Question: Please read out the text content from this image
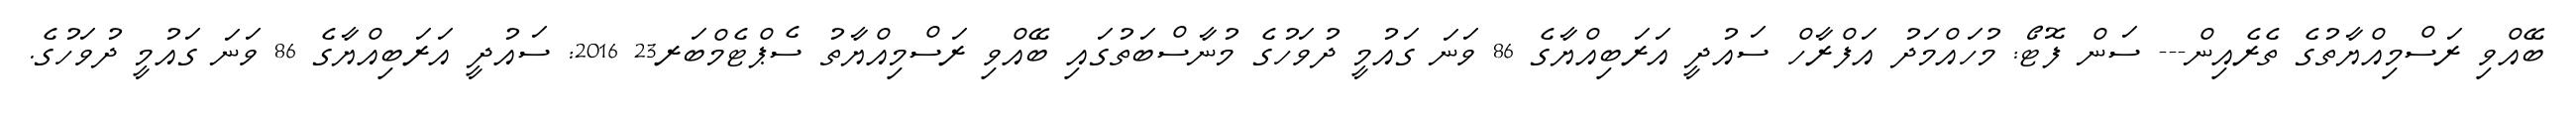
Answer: ބޭއްވި ރަސްމިއްޔާތުގެ ތެރެއިން--- ސަން ފޮޓޯ: މުހައްމަދު އަފްރާހް ސައުދީ އަރަބިއްޔާގެ 86 ވަނަ ގައުމީ ދުވަހުގެ މުނާސްބަތުގައި ބޭއްވި ރަސްމިއްޔާތު ސެޕްޓެމްބަރ23 2016: ސައުދީ އަރަބިއްޔާގެ 86 ވަނަ ގައުމީ ދުވަހުގެ.